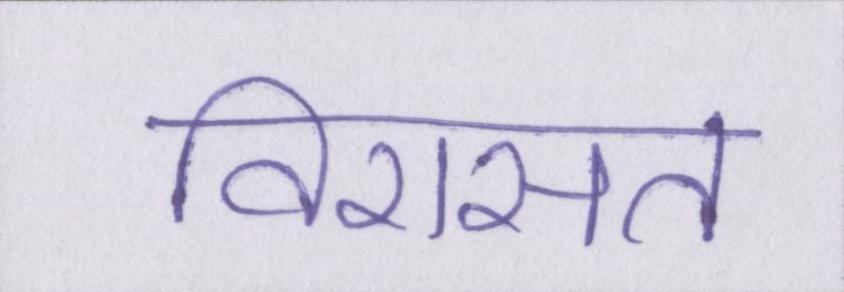
विरासत